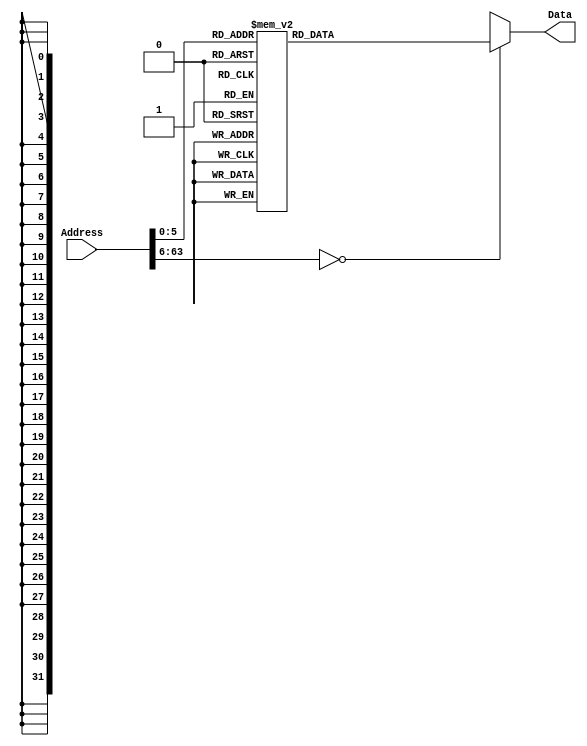
`timescale 1ns / 1ps
/*
 * Module: InstructionMemory
 *
 * Implements read-only instruction memory
 * 
 */
module InstructionMemory(Data, Address);
   parameter T_rd = 20;
   parameter MemSize = 40;
   
   output [31:0] Data;
   input [63:0]  Address;
   reg [31:0] 	 Data;
   
   /*
    * ECEN 350 Processor Test Functions
    * Texas A&M University
    */
   
   always @ (Address) begin
      #4;
      case(Address)

	/* Test Program 1:
	 * Program loads constants from the data memory. Uses these constants to test
	 * the following instructions: LDUR, ORR, AND, CBZ, ADD, SUB, STUR and B.
	 * 
	 * Assembly code for test:
	 * 
	 * 0: LDUR X9, [XZR, 0x0]    //Load 1 into x9
	 * 4: LDUR X10, [XZR, 0x8]   //Load a into x10
	 * 8: LDUR X11, [XZR, 0x10]  //Load 5 into x11
	 * C: LDUR X12, [XZR, 0x18]  //Load big constant into x12
	 * 10: LDUR X13, [XZR, 0x20]  //load a 0 into X13
	 * 
	 * 14: ORR X10, X10, X11  //Create mask of 0xf
	 * 18: AND X12, X12, X10  //Mask off low order bits of big constant
	 * 
	 * loop:
	 * 1C: CBZ X12, end  //while X12 is not 0
	 * 20: ADD X13, X13, X9  //Increment counter in X13
	 * 24: SUB X12, X12, X9  //Decrement remainder of big constant in X12
	 * 28: B loop  //Repeat till X12 is 0
	 * 2C: STUR X13, [XZR, 0x20]  //store back the counter value into the memory location 0x20
	 */
	

	63'h000: Data = 32'hF84003E9;
	63'h004: Data = 32'hF84083EA;
	63'h008: Data = 32'hF84103EB;
	63'h00c: Data = 32'hF84183EC;
	63'h010: Data = 32'hF84203ED;
	63'h014: Data = 32'hAA0B014A;
	63'h018: Data = 32'h8A0A018C;
	63'h01c: Data = 32'hB400008C;
	63'h020: Data = 32'h8B0901AD;
	63'h024: Data = 32'hCB09018C;
	63'h028: Data = 32'h17FFFFFD;
	63'h02c: Data = 32'hF80203ED;
	63'h030: Data = 32'hF84203ED;  //One last load to place stored value on memdbus for test checking.

	/* Add code for your tests here */

			
	default: Data = 32'hXXXXXXXX;
      endcase
   end
endmodule